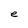
Character: e